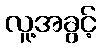
လူ့အခွင့်